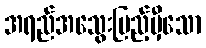
အရည်အသွေးပြည့်မှီသော